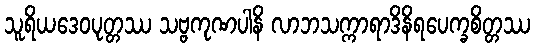
သူရိယဒေဝပုတ္တဿ သဗ္ဗကုဏပါနိ လာဘသက္ကာရာဒိနိရပေက္ခစိတ္တဿ